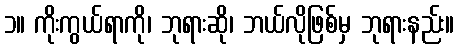
၁။ ကိုးကွယ်ရာကို၊ ဘုရားဆို၊ ဘယ်လိုဖြစ်မှ ဘုရားနည်း။